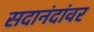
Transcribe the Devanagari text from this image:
सदानंदांवर